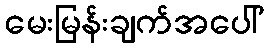
မေးမြန်းချက်အပေါ်